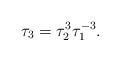
LaTeX: \begin{align*}\tau_3=\tau_2^3\tau_1^{-3}. \end{align*}